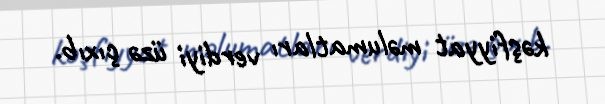
kəşfiyyat məlumatları verdiyi üzə çıxıb.